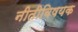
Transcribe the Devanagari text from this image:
नीतीविषयक